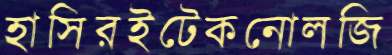
হাসিরইটেকনোলজি